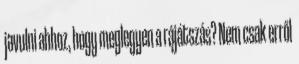
javulni ahhoz, hogy meglegyen a rájátszás? Nem csak erről